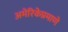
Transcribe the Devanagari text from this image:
अमेरिकेप्रमाणे